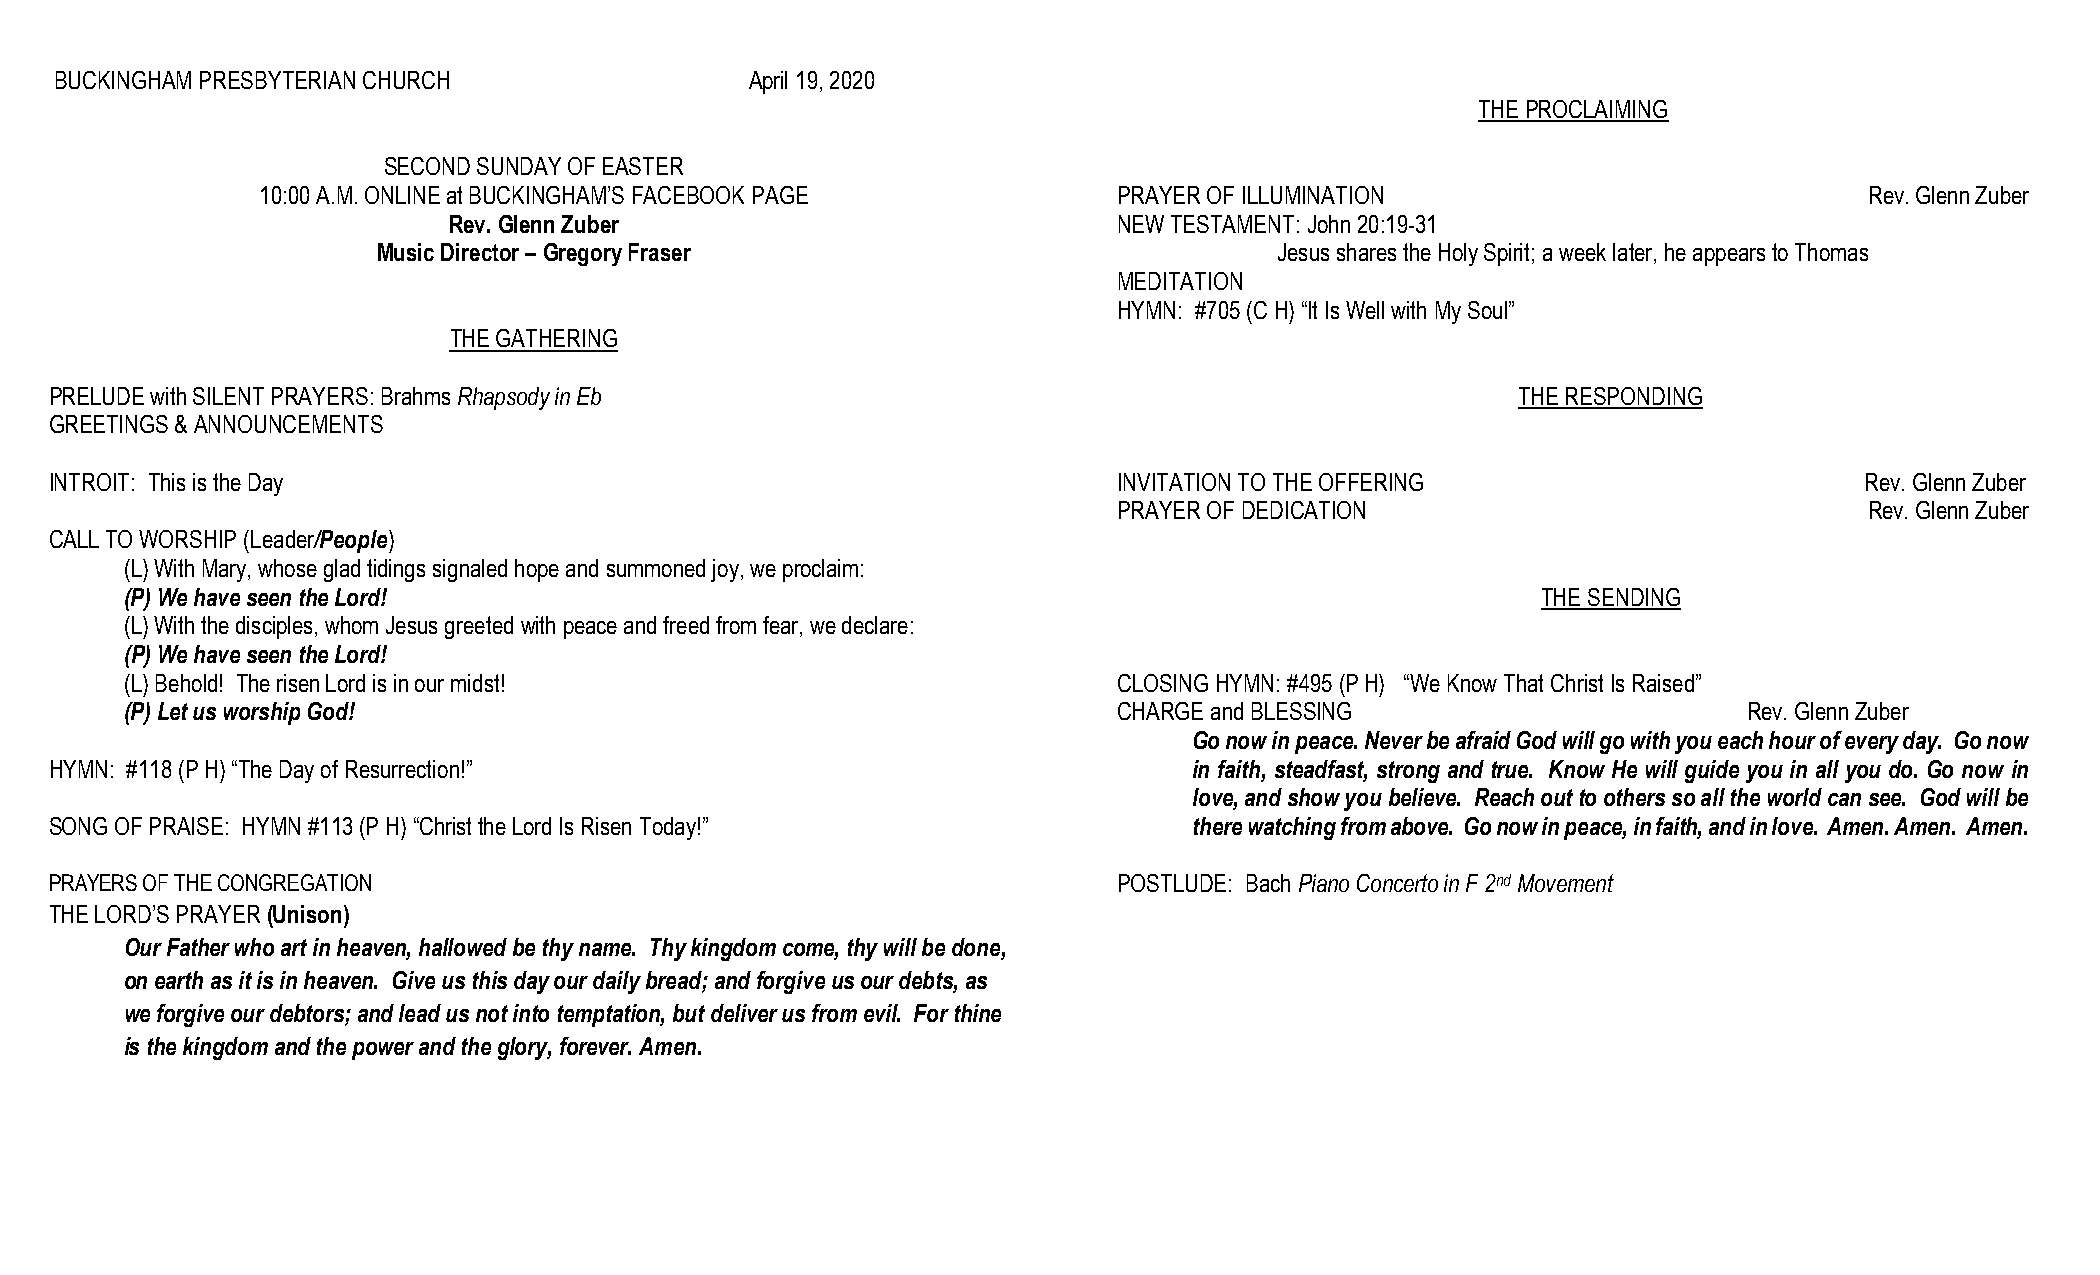
BUCKINGHAM PRESBYTERIAN CHURCH                April 19, 2020
 THE PROCLAIMING
 SECOND SUNDAY OF EASTER
 10:00 A.M. ONLINE at BUCKINGHAM’S FACEBOOK PAGE          PRAYER OF ILLUMINATION                            Rev. Glenn Zuber
 Rev. Glenn Zuber                            NEW TESTAMENT: John 20:19-31
 Music Director – Gregory Fraser                             Jesus shares the Holy Spirit; a week later, he appears to Thomas
 MEDITATION
 HYMN: #705 (C H) “It Is Well with My Soul”
 THE GATHERING
 PRELUDE with SILENT PRAYERS: Brahms Rhapsody in Eb                                                THE RESPONDING
 GREETINGS & ANNOUNCEMENTS
 INTROIT: This is the Day                                               INVITATION TO THE OFFERING                       Rev. Glenn Zuber
 P R A Y E R O F D E D I C A T IO N                R e v . G l enn Zuber
 CALL TO WORSHIP (Leader/People)
 (L) With Mary, whose glad tidings signaled hope and summoned joy, we proclaim:
 (P) We have seen the Lord!                                                                    THE SENDING
 (L) With the disciples, whom Jesus greeted with peace and freed from fear, we declare:
 (P) We have seen the Lord!
 (L) Behold! The risen Lord is in our midst!                       CLOSING HYMN: #495 (P H) “We Know That Christ Is Raised”
 (P) Let us worship God!                                           CHARGE and BLESSING                       Rev. Glenn Zuber
 Go now in peace. Never be afraid God will go with you each hour of every day. Go now
 HYMN: #118 (P H) “The Day of Resurrection!”                                 in faith, steadfast, strong and true. Know He will guide you in all you do. Go now in
 love, and show you believe. Reach out to others so all the world can see. God will be
 SONG OF PRAISE: HYMN #113 (P H) “Christ the Lord Is Risen Today!”           there watching from above. Go now in peace, in faith, and in love. Amen. Amen. Amen.
 PRAYERS OF THE CONGREGATION                                            POSTLUDE: Bach Piano Concerto in F 2nd Movement
 THE LORD’S PRAYER (Unison)
 Our Father who art in heaven, hallowed be thy name. Thy kingdom come, thy will be done,
 on earth as it is in heaven. Give us this day our daily bread; and forgive us our debts, as
 we forgive our debtors; and lead us not into temptation, but deliver us from evil. For thine
 is the kingdom and the power and the glory, forever. Amen.